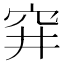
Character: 穽